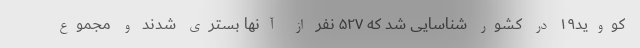
کووید۱۹ در کشور شناسایی شد که ۵۲۷ نفر از آنها بستری شدند و مجموع